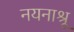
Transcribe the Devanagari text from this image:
नयनाश्रू